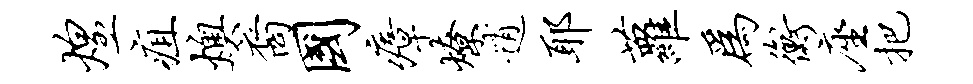
煌疽燠裔国瘴燎逍耶萝为衡座把